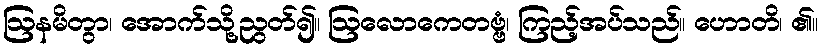
ဩနမိတွာ၊ အောက်သို့ညွတ်၍။ ဩလောကေတဗ္ဗံ၊ ကြည့်အပ်သည်။ ဟောတိ၊ ၏။